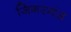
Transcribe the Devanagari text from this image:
जिगरगंज